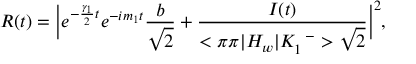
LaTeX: R ( t ) = \Big | e ^ { - { \frac { \gamma _ { 1 } } { 2 } } t } e ^ { - i m _ { 1 } t } { \frac { b } { \sqrt { 2 } } } + { \frac { I ( t ) } { < \pi \pi | H _ { w } | K _ { 1 } ^ { \enspace - } > \sqrt { 2 } } } \Big | ^ { 2 } ,